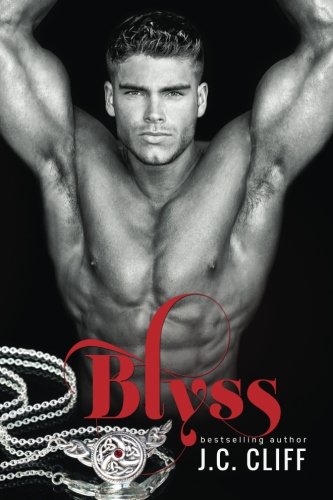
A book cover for Blyss  (The Blyss ); J. C. Cliff; Romance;